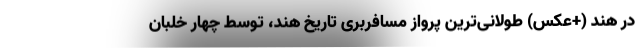
در هند (+عکس) طولانی‌ترین پرواز مسافربری تاریخ هند، توسط چهار خلبان